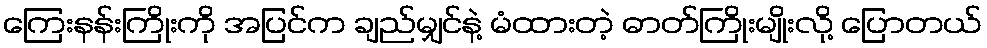
ကြေးနန်းကြိုးကို အပြင်က ချည်မျှင်နဲ့ မံထားတဲ့ ဓာတ်ကြိုးမျိုးလို့ ပြောတယ်